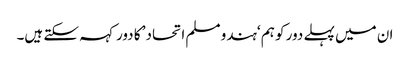
ان میں پہلے دور کو ہم ‘ہندو مسلم اتحاد’ کا دور کہہ سکتے ہیں۔